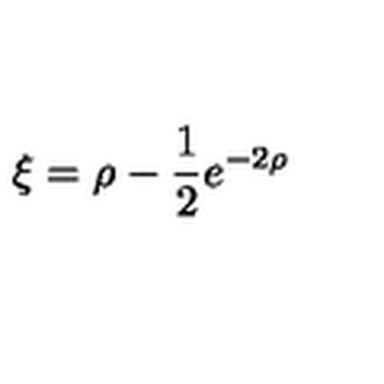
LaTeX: \xi = \rho - \frac { 1 } { 2 } e ^ { - 2 \rho }